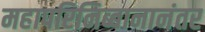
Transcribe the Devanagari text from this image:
महापरिनिब्बानानंतर